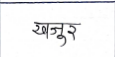
मजकूर: खजुर